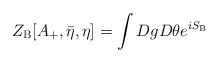
\begin{align*}Z_{{\rm B}}[A_+,{\bar \eta},\eta] = \int Dg D\theta e^{i S_{{\rm B}}}\end{align*}